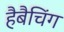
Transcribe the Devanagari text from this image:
हैबैचिंग